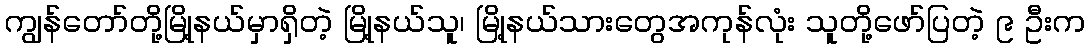
ကျွန်တော်တို့မြို့နယ်မှာရှိတဲ့ မြို့နယ်သူ၊ မြို့နယ်သားတွေအကုန်လုံး သူတို့ဖော်ပြတဲ့ ၉ ဦးက